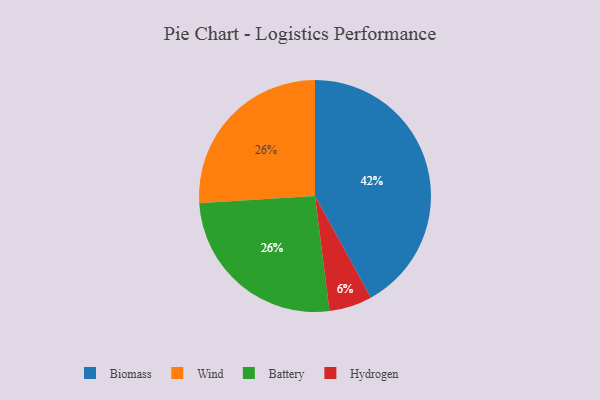
{"axis": {"x": "Category", "y": "Percentage"}, "legend": ["Battery", "Biomass", "Hydrogen", "Wind"], "data": [{"x": "Wind", "y": 26, "type": "Wind"}, {"x": "Battery", "y": 26, "type": "Battery"}, {"x": "Biomass", "y": 42, "type": "Biomass"}, {"x": "Hydrogen", "y": 6, "type": "Hydrogen"}]}